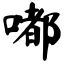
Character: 嘟